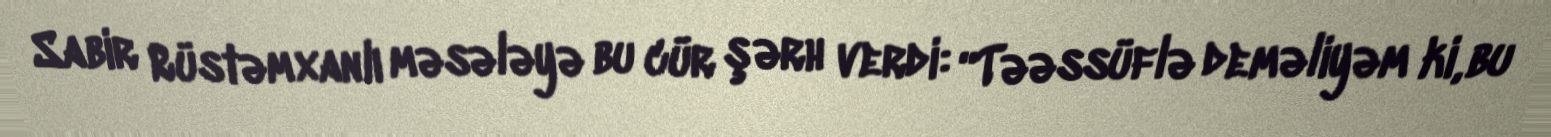
Sabir Rüstəmxanlı məsələyə bu cür şərh verdi: “Təəssüflə deməliyəm ki, bu